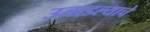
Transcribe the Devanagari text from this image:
उजाडल्याचे